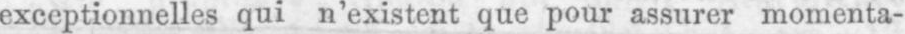
exceptionnelles qui n’existent que pour assurer momenta-